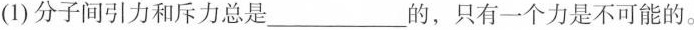
(1)分子间引力和斥力总是____的，只有一个力是不可能的。